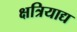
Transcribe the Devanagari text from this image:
क्षत्रियाद्य